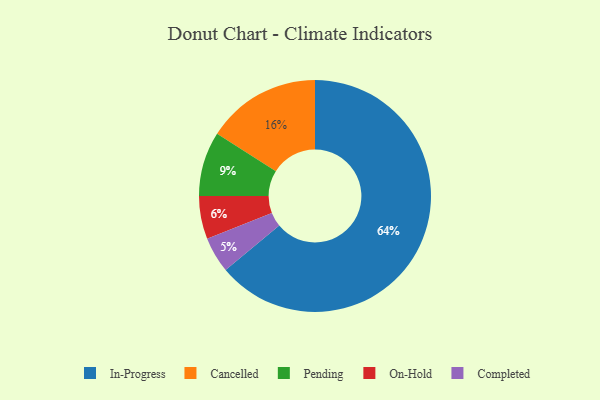
{"axis": {"x": "Category", "y": "Percentage"}, "legend": ["Cancelled", "Completed", "In-Progress", "On-Hold", "Pending"], "data": [{"x": "On-Hold", "y": 6, "type": "On-Hold"}, {"x": "In-Progress", "y": 64, "type": "In-Progress"}, {"x": "Cancelled", "y": 16, "type": "Cancelled"}, {"x": "Completed", "y": 5, "type": "Completed"}, {"x": "Pending", "y": 9, "type": "Pending"}]}